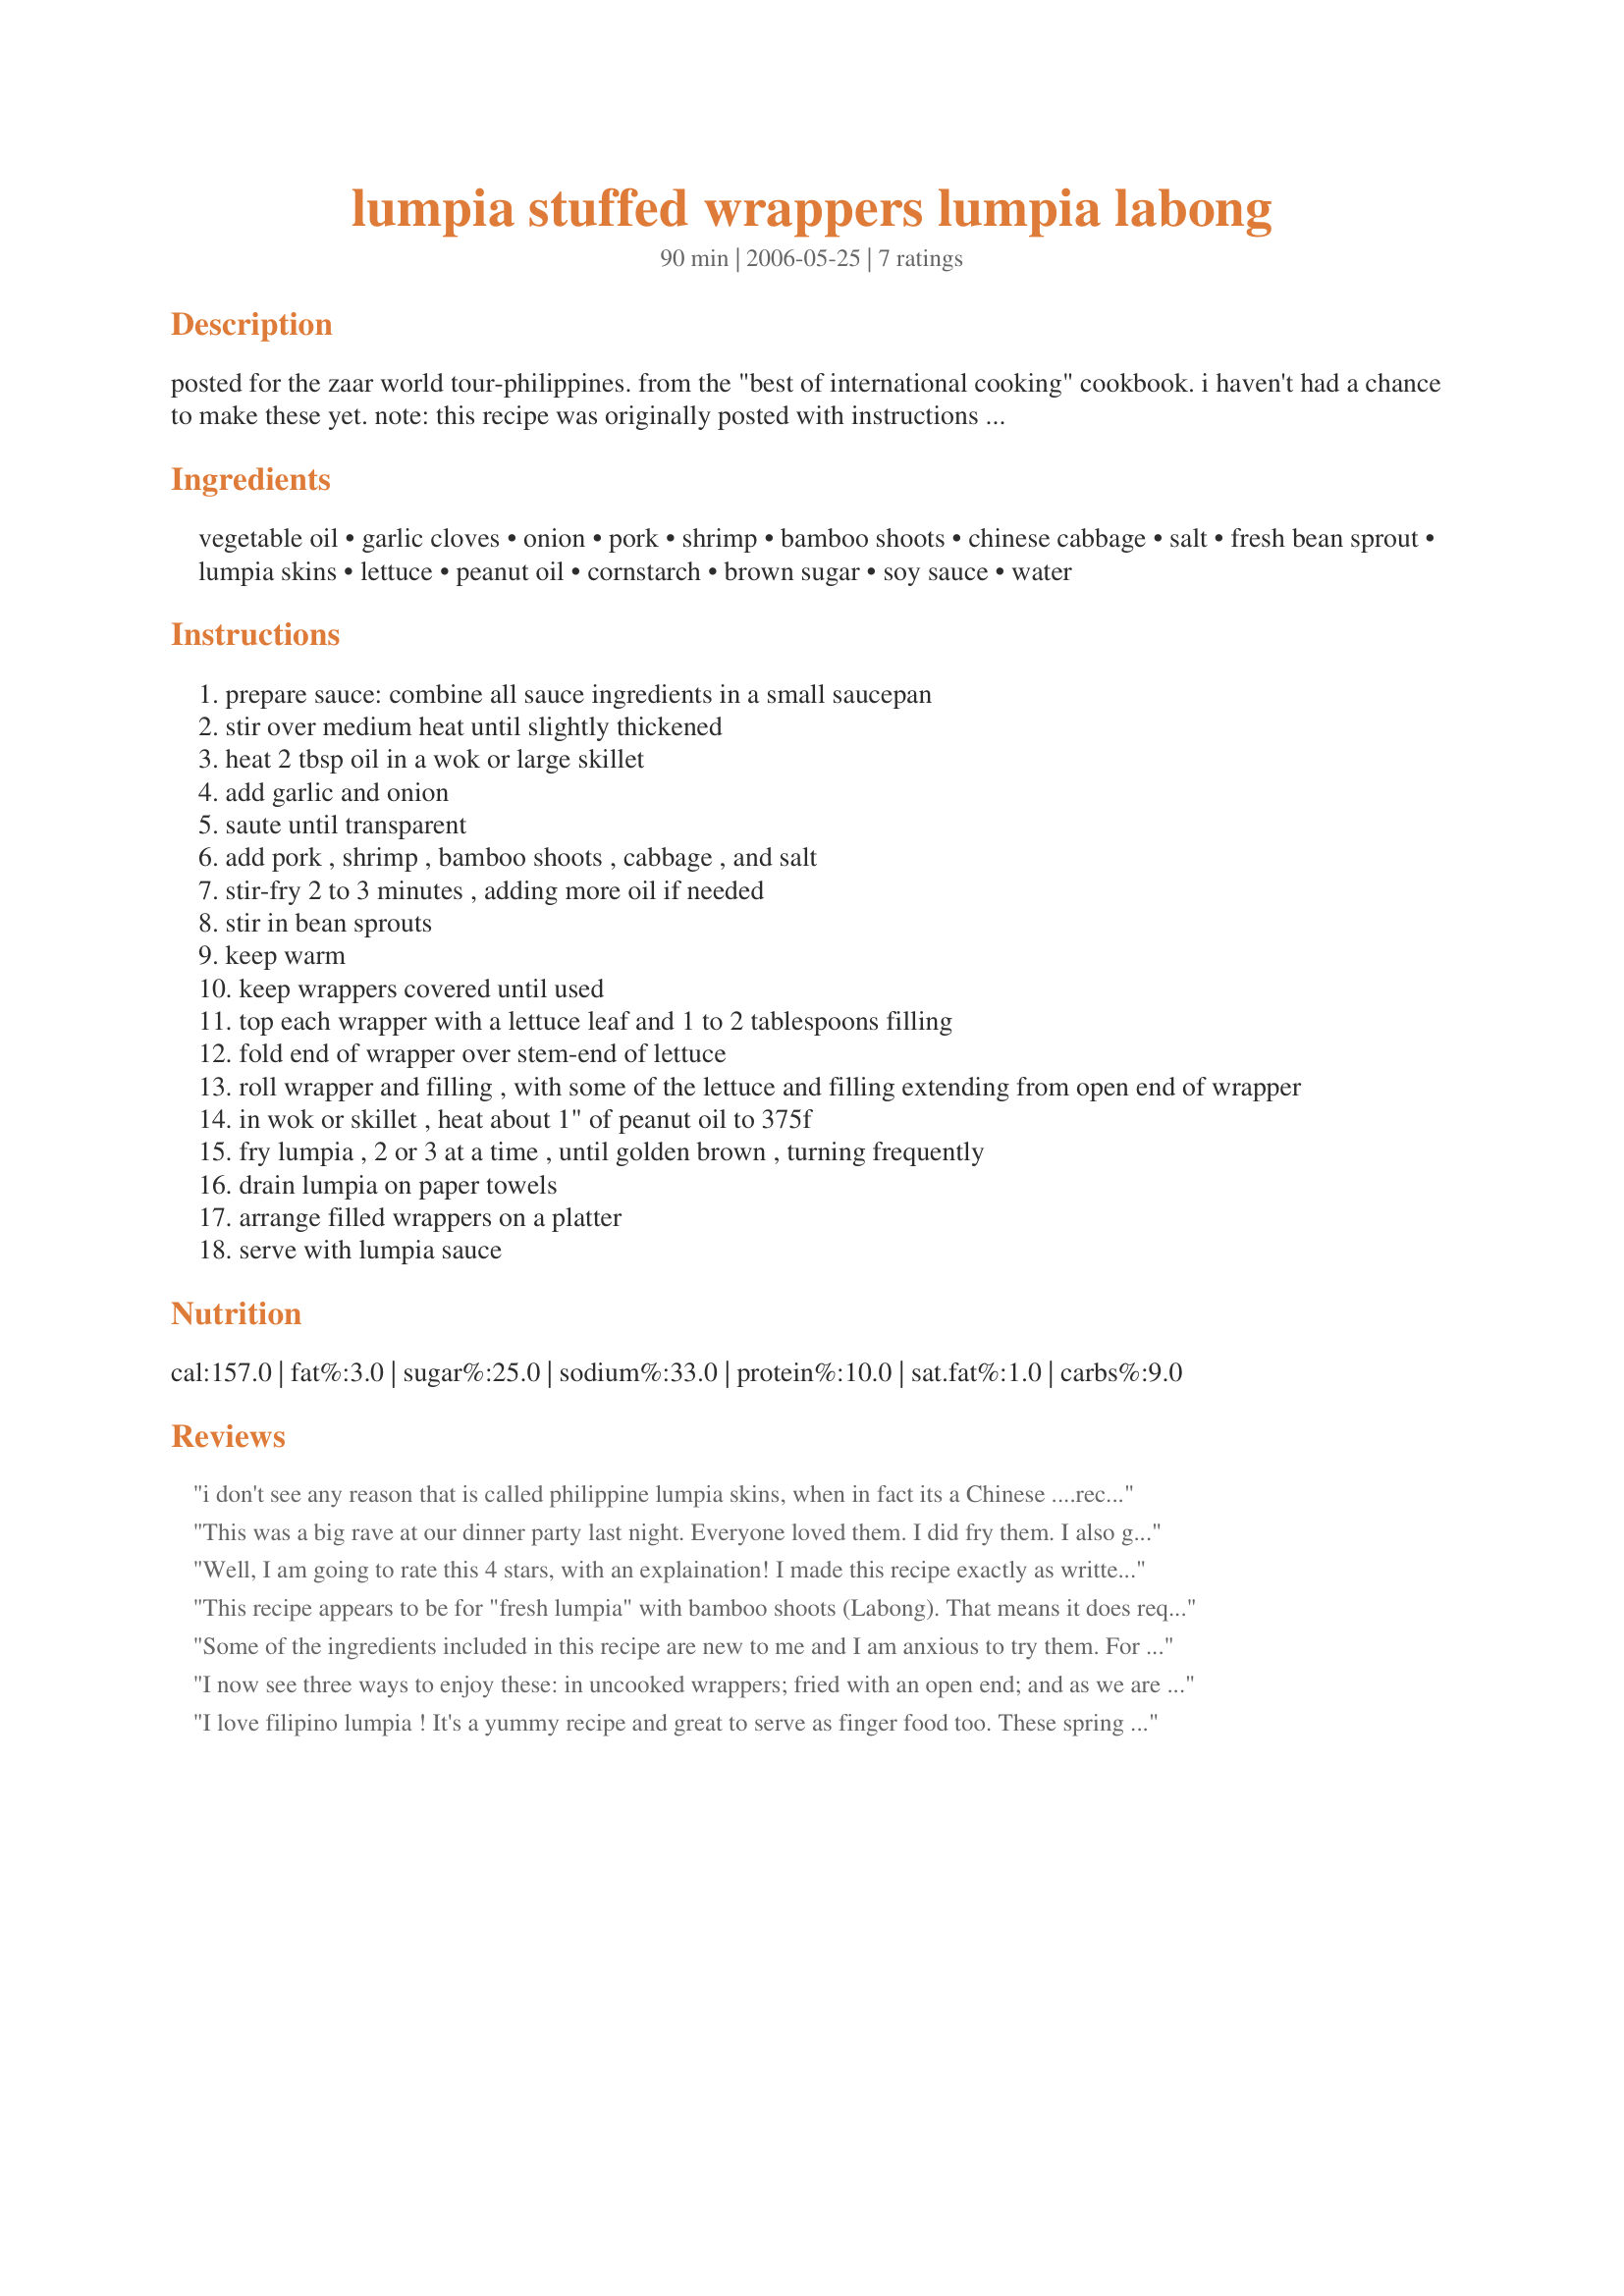
lumpia stuffed wrappers lumpia labong
Preparation time: 90 minutes

posted for the zaar world tour-philippines.
from the "best of international cooking" cookbook. i haven't had a chance to make these yet. note: this recipe was originally posted with instructions not to fry the lumpia. however, after one reviewer tried the recipe as written, and claimed the lumpia not very appetizing, i decided to edit the recipe to include frying instructions.

Ingredients:
vegetable oil, garlic cloves, onion, pork, shrimp, bamboo shoots, chinese cabbage, salt, fresh bean sprout, lumpia skins, lettuce, peanut oil, cornstarch, brown sugar, soy sauce, water

Steps:
prepare sauce: combine all sauce ingredients in a small saucepan
stir over medium heat until slightly thickened
heat 2 tbsp oil in a wok or large skillet
add garlic and onion
saute until transparent
add pork , shrimp , bamboo shoots , cabbage , and salt
stir-fry 2 to 3 minutes , adding more oil if needed
stir in bean sprouts
keep warm
keep wrappers covered until used
top each wrapper with a lettuce leaf and 1 to 2 tablespoons filling
fold end of wrapper over stem-end of lettuce
roll wrapper and filling , with some of the lettuce and filling extending from open end of wrapper
in wok or skillet , heat about 1" of peanut oil to 375f
fry lumpia , 2 or 3 at a time , until golden brown , turning frequently
drain lumpia on paper towels
arrange filled wrappers on a platter
serve with lumpia sauce

Reviews:
i don't see any reason that is called philippine lumpia skins, when in fact its a Chinese ....recipe...lumpia is a minnan delicacy....same with palabok...same ingredient are added or change but I don't think its a Philippine delicacy..don't get offended I'm just giving the fact....
This was a big rave at our dinner party last night. Everyone loved them. I did fry them. I also got help on how to roll from the website: http://www.yumsugar.com/128657 since i was all new to this. It took me about 10 tries, but i finally got the hang of it. Some of the wraps i doubled up on, to provide more stability. Everyone loved it!
Well, I am going to rate this 4 stars, with an explaination!
I made this recipe exactly as written, it was easy to prepare with well written instructions. But when it came time to eating it, we just really did not enjoy the raw lumpia skins. They were a little too doughy for us. (That COULD be because I could only find the thicker skins.) So I ended up frying them in a little oil, it only took a couple of minutes longer, and after frying they were FANTASTIC!! Please see my rating system on my about me page. I would make this again, but with the revision of frying the rolls, as we really, really enjoyed them that way. This recipe made 15 rolls!!
Thanks for a great recipe Bayhill, I will be making this again. I will post pictures of the fried and the non-fried for you!
This recipe appears to be for "fresh lumpia" with bamboo shoots (Labong). That means it does require "special" Filipino lumpia skins, but the other option is rice paper skins slightly softened in warm water for a few seconds, and would make them much more like Vietnamese spring rolls. There's a recipe for the fresh lumpia skins on recipezaar (Recipe #65026). The lettuce is used to protect the delicate wrappers, which are almost like crepes, from breaking because of the filling. Wrapping them with parchment paper makes them much easier to pick up and eat.
I love fresh lumpia as it's the only thing at my family feasts that's usually pretty healthy :), though the meats and fried food are delicious. I actually like the combo of stuffings more in this than what I usually make. Jicama is a nice addition sometimes too though. I used ground pork instead of diced pork. Shredded roast pork would have been the best though.
Some of the ingredients included in this recipe are new to me and I am anxious to try them. For dipping sauce, mine is made up of 2 parts soy to 1 part vinegar with lots of minced garlic. I have tried different vinegars, with cider and rice wine both tasting best to me. My neighbors love it so I gave it out last year instead of cookies.
I now see three ways to enjoy these: in uncooked wrappers; fried with an open end; and as we are accustomed to doing, fried as a tightly rolled and sealed spring roll. Although we still prefer the last, I am not qualified to say what might be "authentic," so I tried all three ways and found all three delicious and pleasantly messy. The filling is great, and the sauce is sweet and new to me. This recipe is somewhat labor-intensive and should be taken on by someone who doesn't mind or outright enjoys the project... like me.
I love filipino lumpia ! It's a yummy recipe and great to serve as finger food too. These spring rolls can be filled with ground beef and pork, served with sweet and sour pork. Yum!
